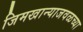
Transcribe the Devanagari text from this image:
जिमखान्याजवळच्या